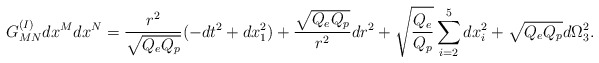
\begin{align*}G^{(I)}_{MN}dx^Mdx^N={{r^2}\over{\sqrt{Q_eQ_p}}}(-dt^2+dx^2_1)+{{\sqrt{Q_eQ_p}}\over{r^2}}dr^2+\sqrt{{Q_e}\over{Q_p}} \sum_{i=2}^5 dx^2_i+\sqrt{Q_eQ_p}d\Omega^2_3.\end{align*}